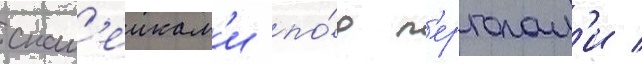
скам'еикам'и по́д п'ерголам'и /